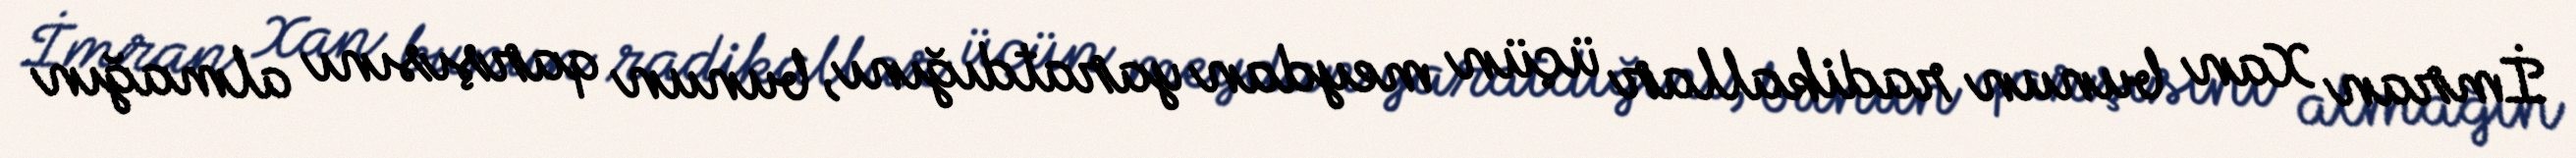
İmran Xan bunun radikallar üçün meydan yaratdığını, bunun qarşısını almağın